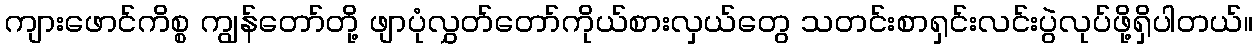
ကျားဖောင်ကိစ္စ ကျွန်တော်တို့ ဖျာပုံလွှတ်တော်ကိုယ်စားလှယ်တွေ သတင်းစာရှင်းလင်းပွဲလုပ်ဖို့ရှိပါတယ်။